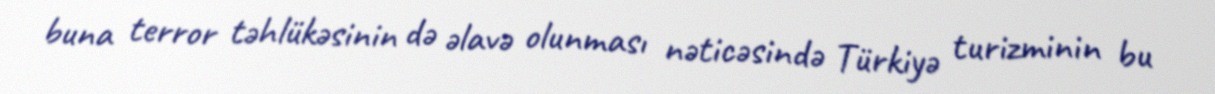
buna terror təhlükəsinin də əlavə olunması nəticəsində Türkiyə turizminin bu